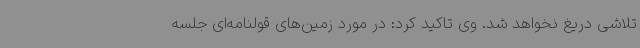
تلاشی دریغ نخواهد شد. وی تاکید کرد: در مورد زمین‌های قولنامه‌ای جلسه